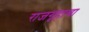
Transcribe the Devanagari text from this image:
राजगृहाचा